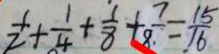
\frac { 1 } { 2 } + \frac { 1 } { 4 } + \frac { 1 } { 8 } + \frac { 7 } { 8 } = \frac { 1 5 } { 1 6 }